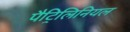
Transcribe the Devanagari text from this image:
पैट्रिलिनियल